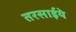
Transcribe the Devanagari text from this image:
तरसाईये